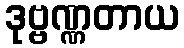
ဒုဗ္ဗဏ္ဏတာယ